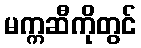
မက္ကဆီကိုတွင်